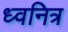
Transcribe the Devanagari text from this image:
ध्वनित्र